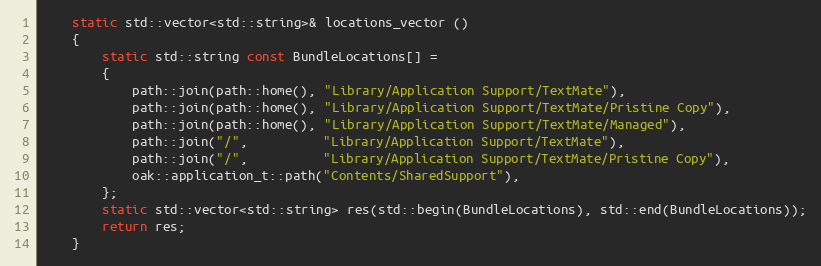
Language: C++
	static std::vector<std::string>& locations_vector ()
	{
		static std::string const BundleLocations[] =
		{
			path::join(path::home(), "Library/Application Support/TextMate"),
			path::join(path::home(), "Library/Application Support/TextMate/Pristine Copy"),
			path::join(path::home(), "Library/Application Support/TextMate/Managed"),
			path::join("/",          "Library/Application Support/TextMate"),
			path::join("/",          "Library/Application Support/TextMate/Pristine Copy"),
			oak::application_t::path("Contents/SharedSupport"),
		};
		static std::vector<std::string> res(std::begin(BundleLocations), std::end(BundleLocations));
		return res;
	}